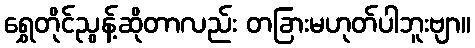
ရွှေတိုင်ညွန့်ဆိုတာလည်း တခြားမဟုတ်ပါဘူးဗျာ။